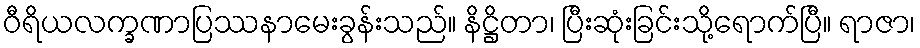
ဝီရိယလက္ခဏာပြဿနာမေးခွန်းသည်။ နိဋ္ဌိတာ၊ ပြီးဆုံးခြင်းသို့ရောက်ပြီ။ ရာဇာ၊